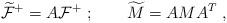
\begin{align*}\widetilde{\cal F}^+ = A{\cal F}^+ \ ;\qquad\widetilde M = A M A^T\ ,\end{align*}